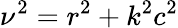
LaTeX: \nu^{2}=r^{2}+k^{2}c^{2}